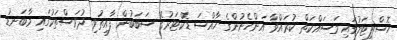
ހޮސްޕިޓަލުގައި މަސައްކަތް ކުރައްވާ އަންހެނުންގެ ޚާއްސަ ޑޮކްޓަރުގެ ސަބަބުން ފާއިތުވި ދުވަސްތަކުގައި މާބަނޑު